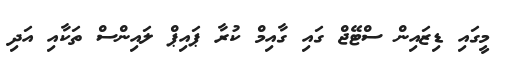
މީގައި ޑިޒައިން ސްޓޭޖް ގައި ގާއިމް ކުރާ ޕައިޕް ލައިންސް ތަކާއި އަދި